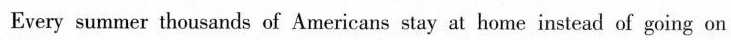
Every summer thousands of Americansstay at home instead of going on